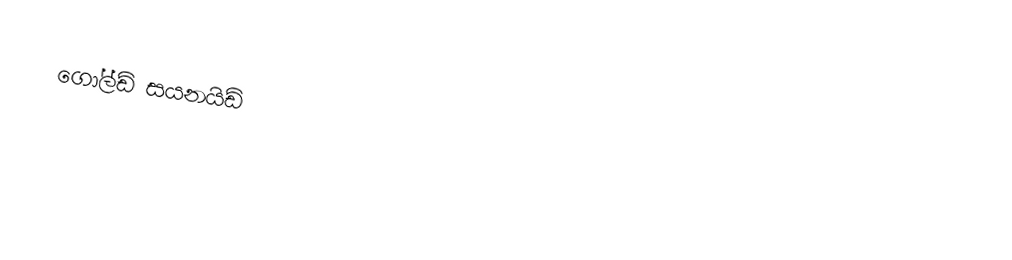
ගෝල්ඩ් සයනයිඩ්